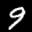
Label: 9